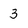
Character: 3